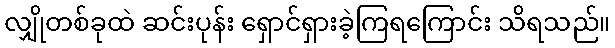
လျှိုတစ်ခုထဲ ဆင်းပုန်း ရှောင်ရှားခဲ့ကြရကြောင်း သိရသည်။